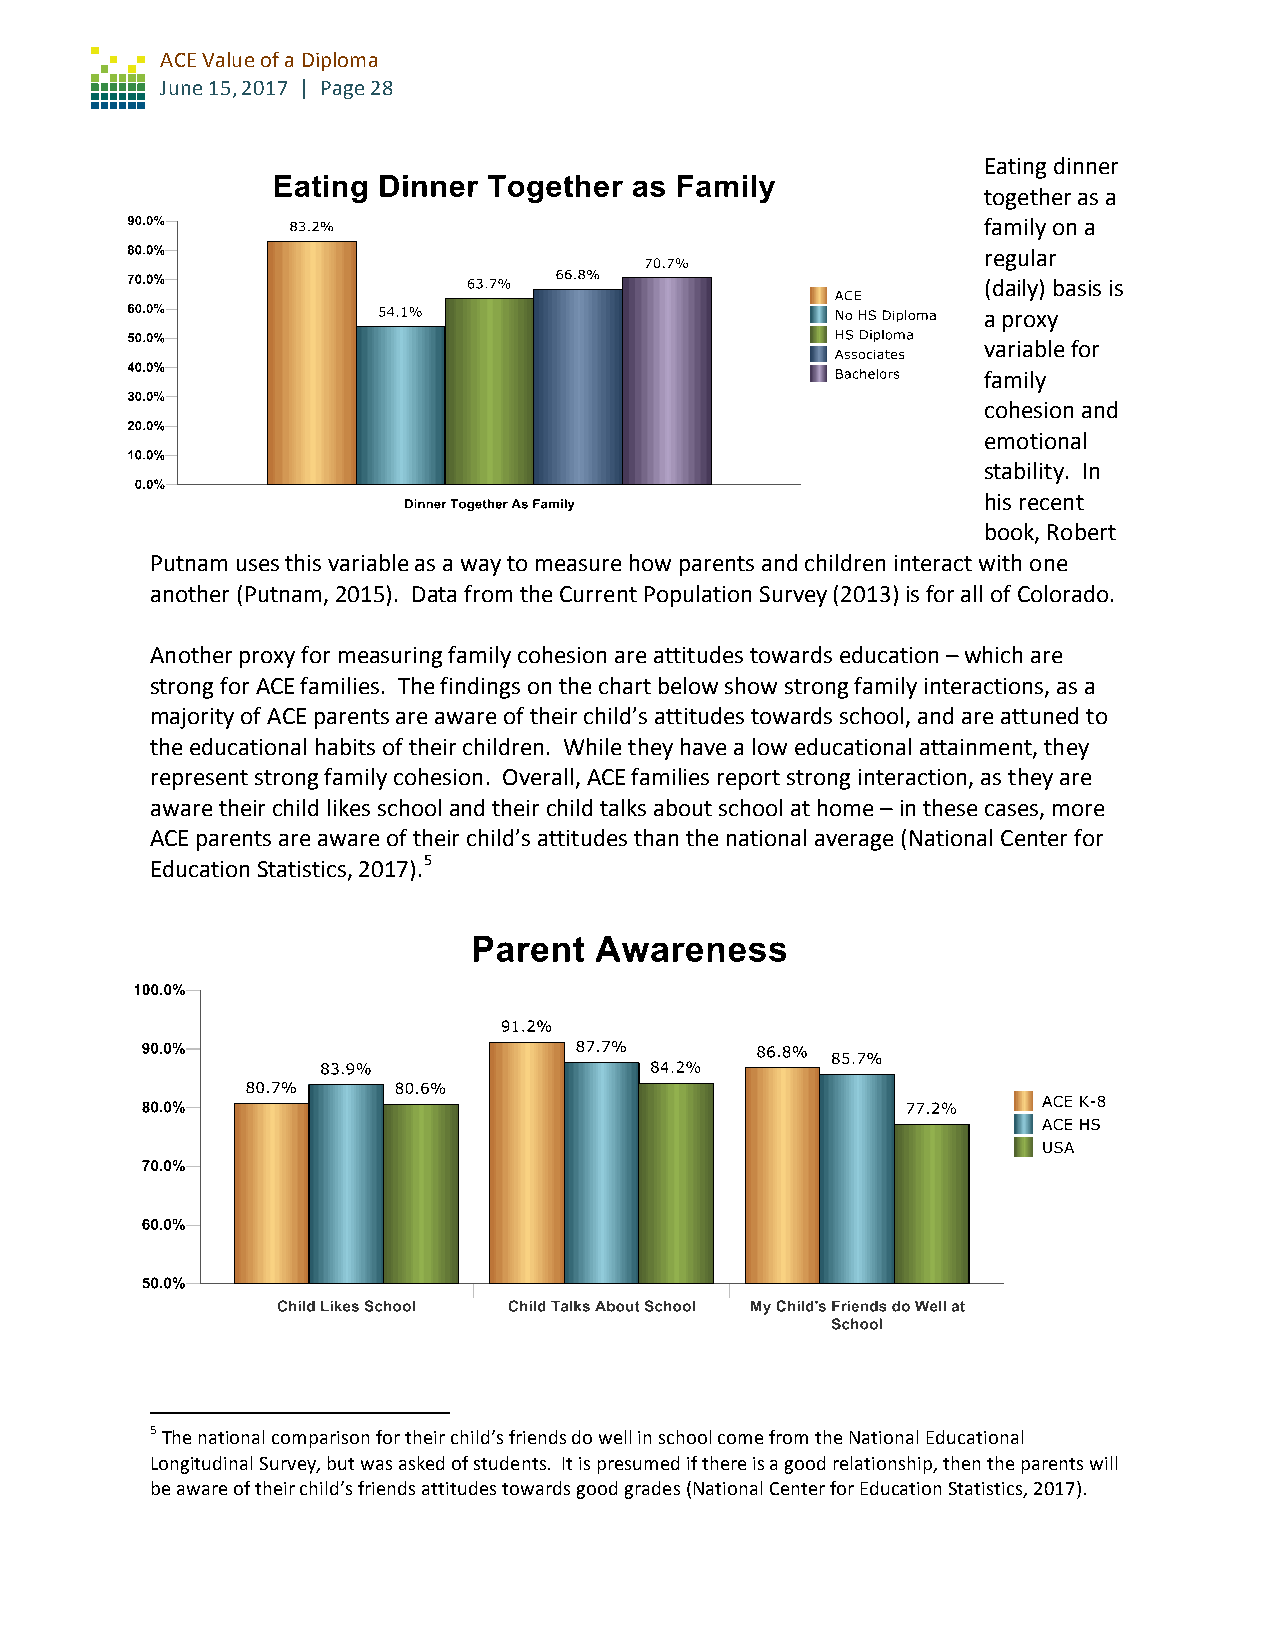
ACE Value of a Diploma
 June 15, 2017 | Page 28
 Eating dinner
 together as a
 family on a
 regular
 (daily) basis is
 a proxy
 variable for
 family
 cohesion and
 emotional
 stability. In
 his recent
 book, Robert
 Putnam uses this variable as a way to measure how parents and children interact with one
 another (Putnam, 2015). Data from the Current Population Survey (2013) is for all of Colorado.
 Another proxy for measuring family cohesion are attitudes towards education – which are
 strong for ACE families. The findings on the chart below show strong family interactions, as a
 majority of ACE parents are aware of their child’s attitudes towards school, and are attuned to
 the educational habits of their children. While they have a low educational attainment, they
 represent strong family cohesion. Overall, ACE families report strong interaction, as they are
 aware their child likes school and their child talks about school at home – in these cases, more
 ACE parents are aware of their child’s attitudes than the national average (National Center for
 Education Statistics, 2017).5
 5 The national comparison for their child’s friends do well in school come from the National Educational
 Longitudinal Survey, but was asked of students. It is presumed if there is a good relationship, then the parents will
 be aware of their child’s friends attitudes towards good grades (National Center for Education Statistics, 2017).